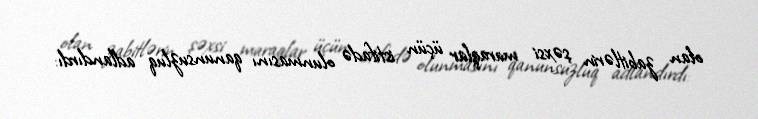
olan zabitlərin şəxsi maraqlar üçün istifadə olunmasını qanunsuzluq adlandırdı: